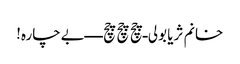
خانم ثریا بولی ـ چچ چچ چچ ـ ـ ـ ـ بےچارہ!